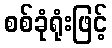
စစ်ခုံရုံးဖြင့်